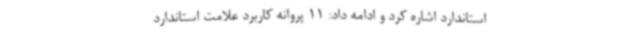
استاندارد اشاره کرد و ادامه داد: 11 پروانه کاربرد علامت استاندارد